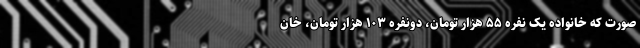
صورت که خانواده یک نفره ۵۵ هزار تومان، دونفره ۱۰۳ هزار تومان، خان